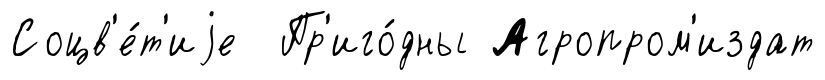
Соцв'е́т'иjе Пр'иго́дны Агропром'издат